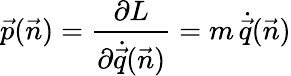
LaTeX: \vec{p}(\vec{n})={\frac{\partial L}{\partial\dot{\vec{q}}(\vec{n})}}=m\, \dot{\vec{q}}(\vec{n})